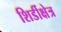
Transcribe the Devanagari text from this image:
शिर्डीक्षेत्र